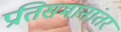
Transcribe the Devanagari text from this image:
प्रतिसमानांतर